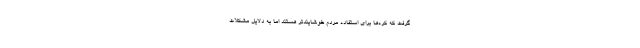
گرفت که کره‌ها برای استفاده مردم خوشایندتر هستند اما به دلایل مشکلات